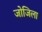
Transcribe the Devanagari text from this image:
जोजिला